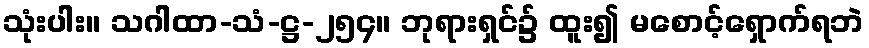
သုံးပါး။ သဂါထာ-သံ-ဋ္ဌ-၂၅၄။ ဘုရားရှင်၌ ထူး၍ မစောင့်ရှောက်ရဘဲ